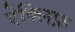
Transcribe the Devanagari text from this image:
ऐक्लिफ़